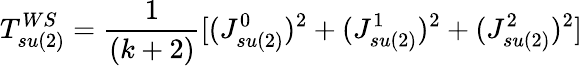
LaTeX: T_{su(2)}^{WS}={\frac{1}{(k+2)}}[(J_{su(2)}^{0})^{2}+(J_{su(2)}^{1})^{2}+(J_{su(2)}^{2})^{2}]